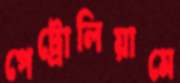
পেট্রোলিয়ামে